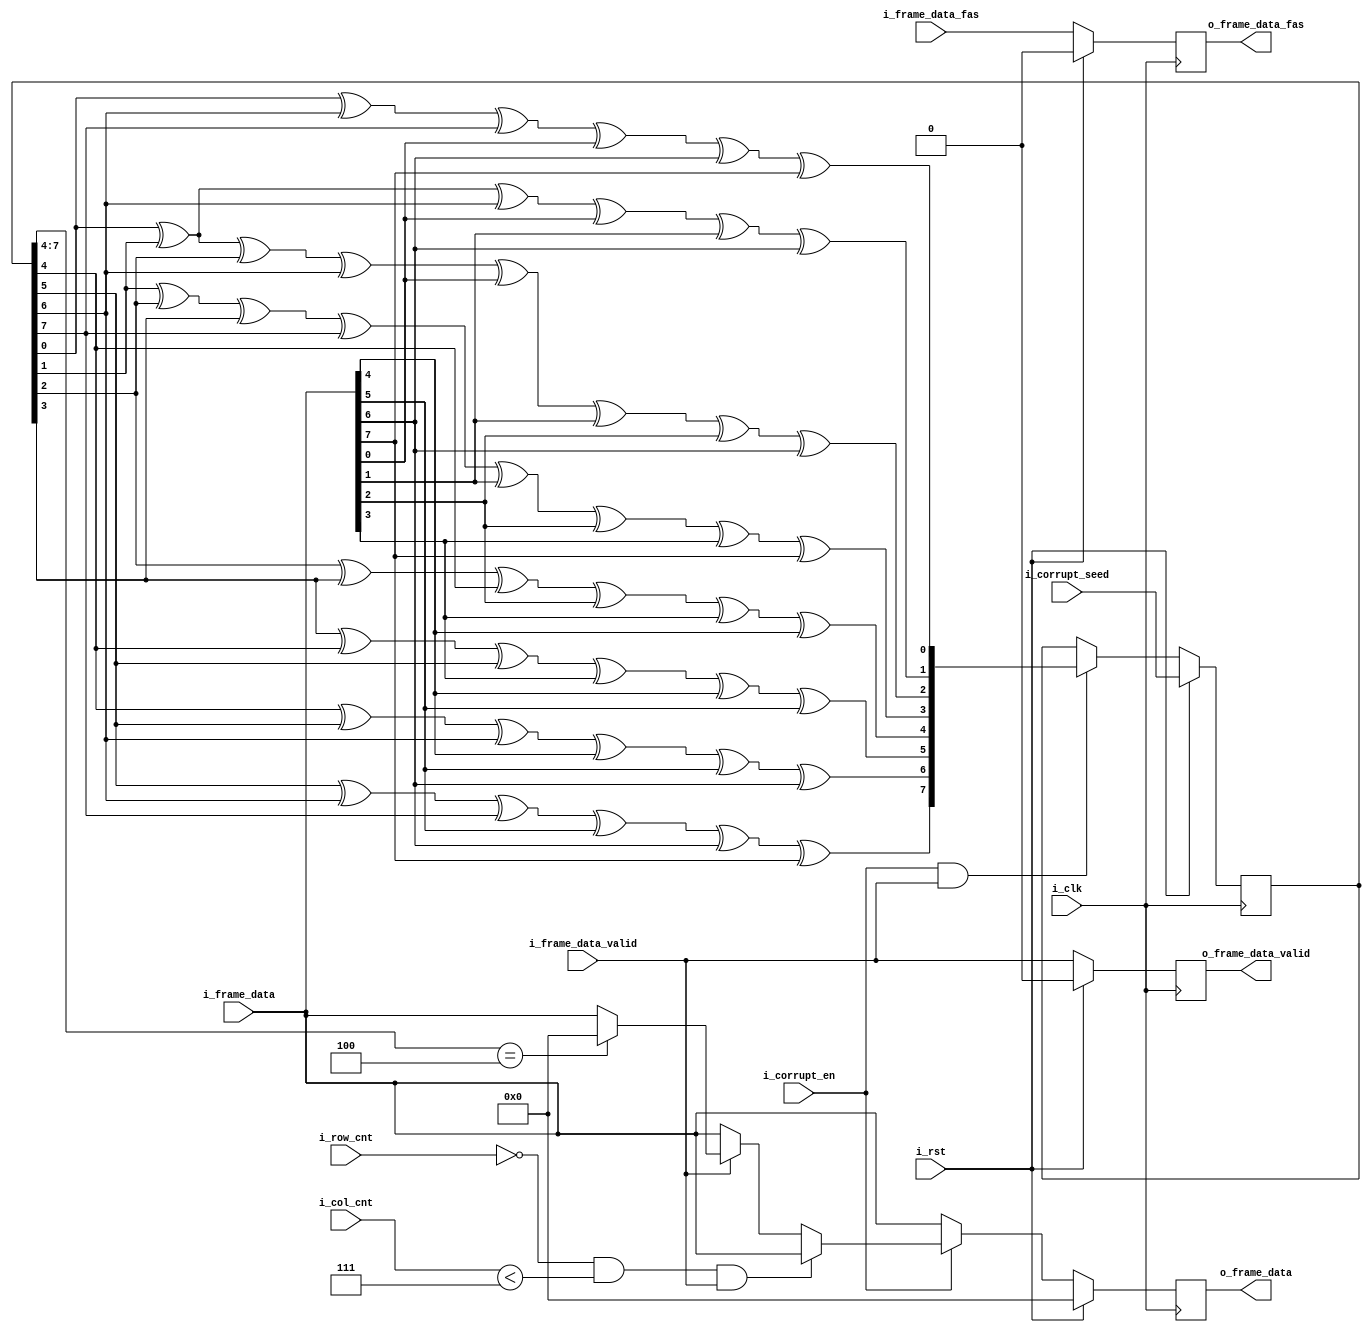
// corruptor.v
// CMPE 670 Project Fall 2023
// Author(s): John Evans, Eric Falcone
//  
module corruptor (
    // clock and control
    input            i_clk,
    input            i_rst,
    input [1:0]      i_row_cnt,
    input [10:0]     i_col_cnt,
    // line interface in
    input [7:0]      i_frame_data,
    input            i_frame_data_valid,
    input            i_frame_data_fas,
    // line interface out
    output reg [7:0] o_frame_data,
    output reg       o_frame_data_valid,
    output reg       o_frame_data_fas,
    // hardware interface
    input            i_corrupt_en,
    input [7:0]      i_corrupt_seed
);

    reg [7:0] reg_lsf;

    always @(posedge i_clk) begin : LFSRProc
        if(i_rst) begin
            reg_lsf <= i_corrupt_seed;
        end else if (i_corrupt_en && i_frame_data_valid) begin
            //reg_lsf <= {reg_lsf[7:0], reg_lsf[6] ^ reg_lsf[3]};
            reg_lsf <= crc(reg_lsf, i_frame_data);
        end
    end

    always @(posedge i_clk) begin : CorruptProc
        if (i_rst) begin
            o_frame_data        <= 8'b0;
            o_frame_data_valid  <= 1'b0;
            o_frame_data_fas    <= 1'b0;
        end else if (i_corrupt_en) begin
            // Don't corrupt the FAS pattern or ARQ enable indicator
            if((i_row_cnt == 0) && (i_col_cnt < 7) && i_frame_data_valid) begin
                o_frame_data        <= i_frame_data;
                o_frame_data_valid  <= i_frame_data_valid;
                o_frame_data_fas    <= i_frame_data_fas;
            // Otherwise, if the incoming data is valid, corrupt it on a specific LFSR condition
            end else if(i_frame_data_valid) begin
                if (reg_lsf[7:4] == 4'b0100) begin // Corrupt data with 0xFF
                    o_frame_data <= 8'h00;
                end else begin
                    o_frame_data <= i_frame_data;
                end
                o_frame_data_valid  <= i_frame_data_valid;
                o_frame_data_fas    <= i_frame_data_fas;
            // For all other cases, pass the data through.
            end else begin
                o_frame_data         <= i_frame_data;
                o_frame_data_valid   <= i_frame_data_valid;
                o_frame_data_fas     <= i_frame_data_fas;
            end
        end else begin
            // Pass data through if switch is not on.
            o_frame_data        <= i_frame_data;
            o_frame_data_valid  <= i_frame_data_valid;
            o_frame_data_fas    <= i_frame_data_fas;
        end
    end
    
    // THIS IS GENERATED VERILOG CODE.
    // https://bues.ch/h/crcgen
    // 
    // This code is Public Domain.
    // Permission to use, copy, modify, and/or distribute this software for any
    // purpose with or without fee is hereby granted.
    // 
    // THE SOFTWARE IS PROVIDED "AS IS" AND THE AUTHOR DISCLAIMS ALL WARRANTIES
    // WITH REGARD TO THIS SOFTWARE INCLUDING ALL IMPLIED WARRANTIES OF
    // MERCHANTABILITY AND FITNESS. IN NO EVENT SHALL THE AUTHOR BE LIABLE FOR ANY
    // SPECIAL, DIRECT, INDIRECT, OR CONSEQUENTIAL DAMAGES OR ANY DAMAGES WHATSOEVER
    // RESULTING FROM LOSS OF USE, DATA OR PROFITS, WHETHER IN AN ACTION OF CONTRACT,
    // NEGLIGENCE OR OTHER TORTIOUS ACTION, ARISING OUT OF OR IN CONNECTION WITH THE
    // USE OR PERFORMANCE OF THIS SOFTWARE.
    
    // CRC polynomial coefficients: x^8 + x^2 + x + 1
    //                              0x7 (hex)
    // CRC width:                   8 bits
    // CRC shift direction:         left (big endian)
    // Input word width:            8 bits
    
    function automatic [7:0] crc;
        input [7:0] crcIn;
        input [7:0] data;
    begin
        crc[0] = crcIn[0] ^ crcIn[6] ^ crcIn[7] ^ data[0] ^ data[6] ^ data[7];
        crc[1] = crcIn[0] ^ crcIn[1] ^ crcIn[6] ^ data[0] ^ data[1] ^ data[6];
        crc[2] = crcIn[0] ^ crcIn[1] ^ crcIn[2] ^ crcIn[6] ^ data[0] ^ data[1] ^ data[2] ^ data[6];
        crc[3] = crcIn[1] ^ crcIn[2] ^ crcIn[3] ^ crcIn[7] ^ data[1] ^ data[2] ^ data[3] ^ data[7];
        crc[4] = crcIn[2] ^ crcIn[3] ^ crcIn[4] ^ data[2] ^ data[3] ^ data[4];
        crc[5] = crcIn[3] ^ crcIn[4] ^ crcIn[5] ^ data[3] ^ data[4] ^ data[5];
        crc[6] = crcIn[4] ^ crcIn[5] ^ crcIn[6] ^ data[4] ^ data[5] ^ data[6];
        crc[7] = crcIn[5] ^ crcIn[6] ^ crcIn[7] ^ data[5] ^ data[6] ^ data[7];
    end
    endfunction

endmodule